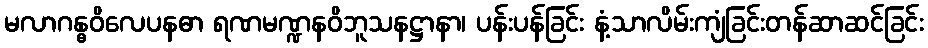
မလာဂန္ဓဝိလေပနဓာ ရဏမဏ္ဍနဝိဘူသနဋ္ဌာနာ၊ ပန်းပန်ခြင်း နံ့သာလိမ်းကျံခြင်းတန်ဆာဆင်ခြင်း